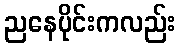
ညနေပိုင်းကလည်း